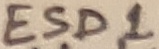
Text: ESD1